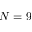
N = 9